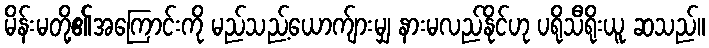
မိန်းမတို့၏အကြောင်းကို မည်သည့်ယောက်ျားမျှ နားမလည်နိုင်ဟု ပရိုသီရိုးယူ ဆသည်။